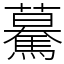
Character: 驀